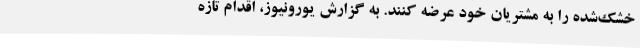
خشک‌شده را به مشتریان خود عرضه کنند. به گزارش یورونیوز، اقدام تازه